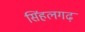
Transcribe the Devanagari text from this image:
सिंहलगढ़